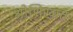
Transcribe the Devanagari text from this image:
श्रोणिखात